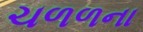
ચળળના